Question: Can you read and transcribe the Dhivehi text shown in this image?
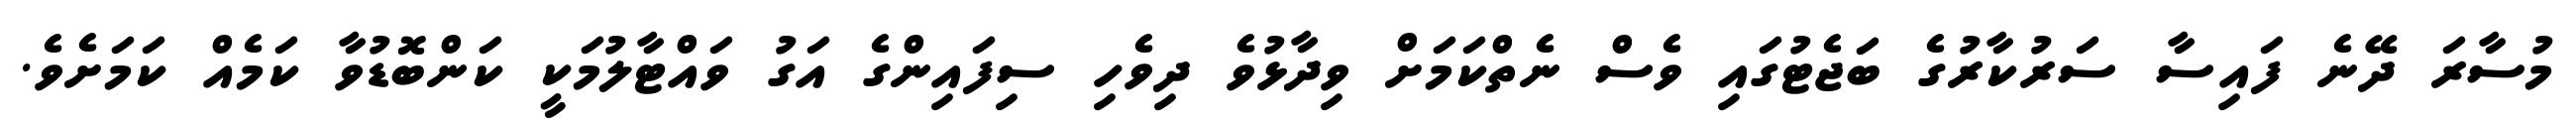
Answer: މުސާރަ ދޭނެ ފައިސާ ސަރުކާރުގެ ބަޖެޓުގައި ވެސް ނެތްކަމަށް ވިދާޅުވެ ދިވެހި ސިފައިންގެ އަގު ވައްޓާލުމަކީ ކަންބޮޑުވާ ކަމެއް ކަމަށެވެ.